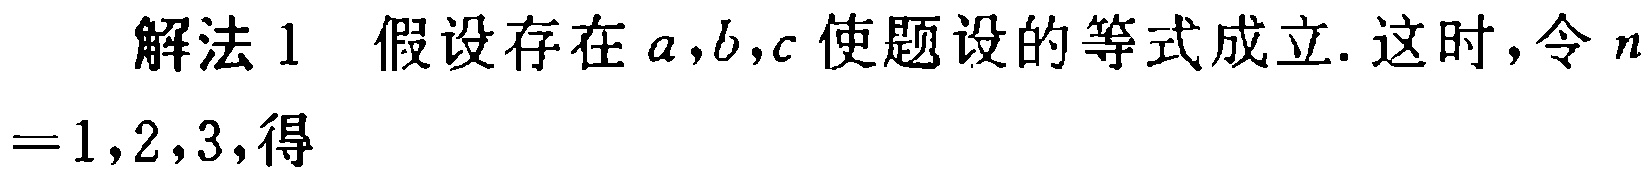
解法 1 假设存在 \(a,b,c\) 使题设的等式成立. 这时，令 \(n = 1,2,3\)，得